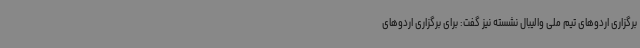
برگزاری اردوهای تیم ملی والیبال نشسته نیز گفت: برای برگزاری اردوهای